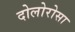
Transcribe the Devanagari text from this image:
दोलोरोसा